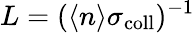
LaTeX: L=(\langle n\rangle\sigma_{\mathrm{coll}})^{-1}